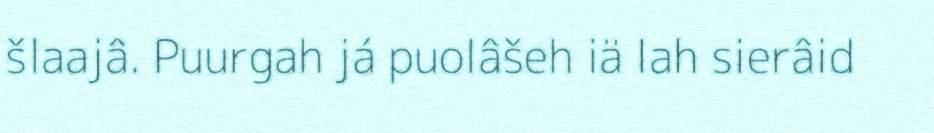
šlaajâ. Puurgah já puolâšeh iä lah sierâid